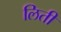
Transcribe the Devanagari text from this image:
लिती